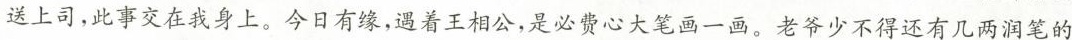
送上司，此事交在我身上。今日有缘，遇着王相公，是必费心大笔画一画，老爷少不得还有几两润笔的